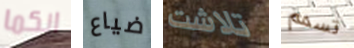
انكما ضياع تلاشت تسمم